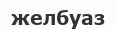
желбуаз